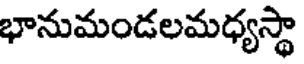
భానుమండలమధ్యస్థా